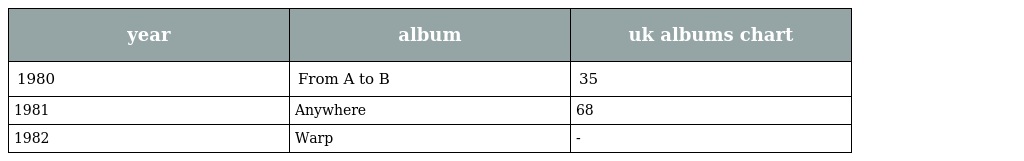
| year | album | uk albums chart |
 | --- | --- | --- |
 | 1980 | From A to B | 35 |
 | 1981 | Anywhere | 68 |
 | 1982 | Warp | - |